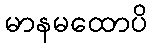
မာနမထောပိ